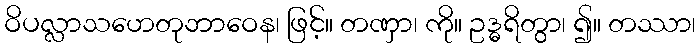
ဝိပလ္လာသဟေတုဘာဝေန၊ ဖြင့်။ တဏှာ၊ ကို။ ဥဒ္ဓရိတွာ၊ ၍။ တဿာ၊